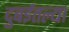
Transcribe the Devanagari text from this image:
दुबईतल्या